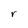
Character: r